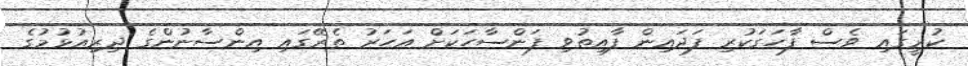
ކުރީގައި ވެސް ފާހަގަކުރި ފަދައިން ފާއިތުވި ފަންސާހަކަށް އަހަރު ތެރޭގައި އިންސާނުންގެ ދިރިއުޅުމުގެ